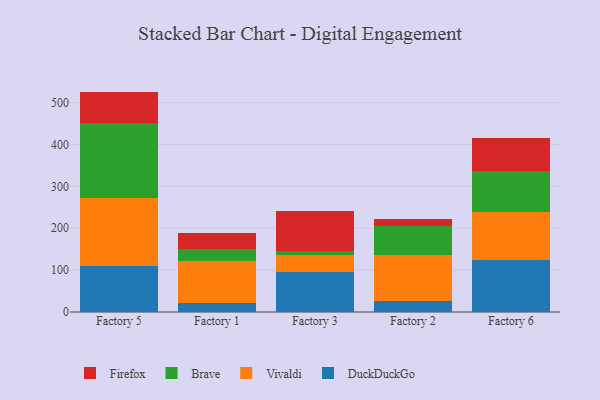
{"axis": {"x": "Factory", "y": "Latency (ms)"}, "legend": ["Brave", "DuckDuckGo", "Firefox", "Vivaldi"], "data": [{"x": "Factory 5", "y": 109.9, "type": "DuckDuckGo"}, {"x": "Factory 5", "y": 163.1, "type": "Vivaldi"}, {"x": "Factory 5", "y": 178.9, "type": "Brave"}, {"x": "Factory 5", "y": 74.7, "type": "Firefox"}, {"x": "Factory 1", "y": 22.6, "type": "DuckDuckGo"}, {"x": "Factory 1", "y": 99.3, "type": "Vivaldi"}, {"x": "Factory 1", "y": 29.7, "type": "Brave"}, {"x": "Factory 1", "y": 36.8, "type": "Firefox"}, {"x": "Factory 3", "y": 96.5, "type": "DuckDuckGo"}, {"x": "Factory 3", "y": 38.7, "type": "Vivaldi"}, {"x": "Factory 3", "y": 10.5, "type": "Brave"}, {"x": "Factory 3", "y": 95.0, "type": "Firefox"}, {"x": "Factory 2", "y": 27.2, "type": "DuckDuckGo"}, {"x": "Factory 2", "y": 108.7, "type": "Vivaldi"}, {"x": "Factory 2", "y": 68.9, "type": "Brave"}, {"x": "Factory 2", "y": 18.0, "type": "Firefox"}, {"x": "Factory 6", "y": 125.3, "type": "DuckDuckGo"}, {"x": "Factory 6", "y": 113.7, "type": "Vivaldi"}, {"x": "Factory 6", "y": 96.8, "type": "Brave"}, {"x": "Factory 6", "y": 79.1, "type": "Firefox"}]}